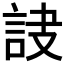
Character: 𧦾